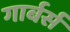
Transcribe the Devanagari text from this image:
गार्बर्स